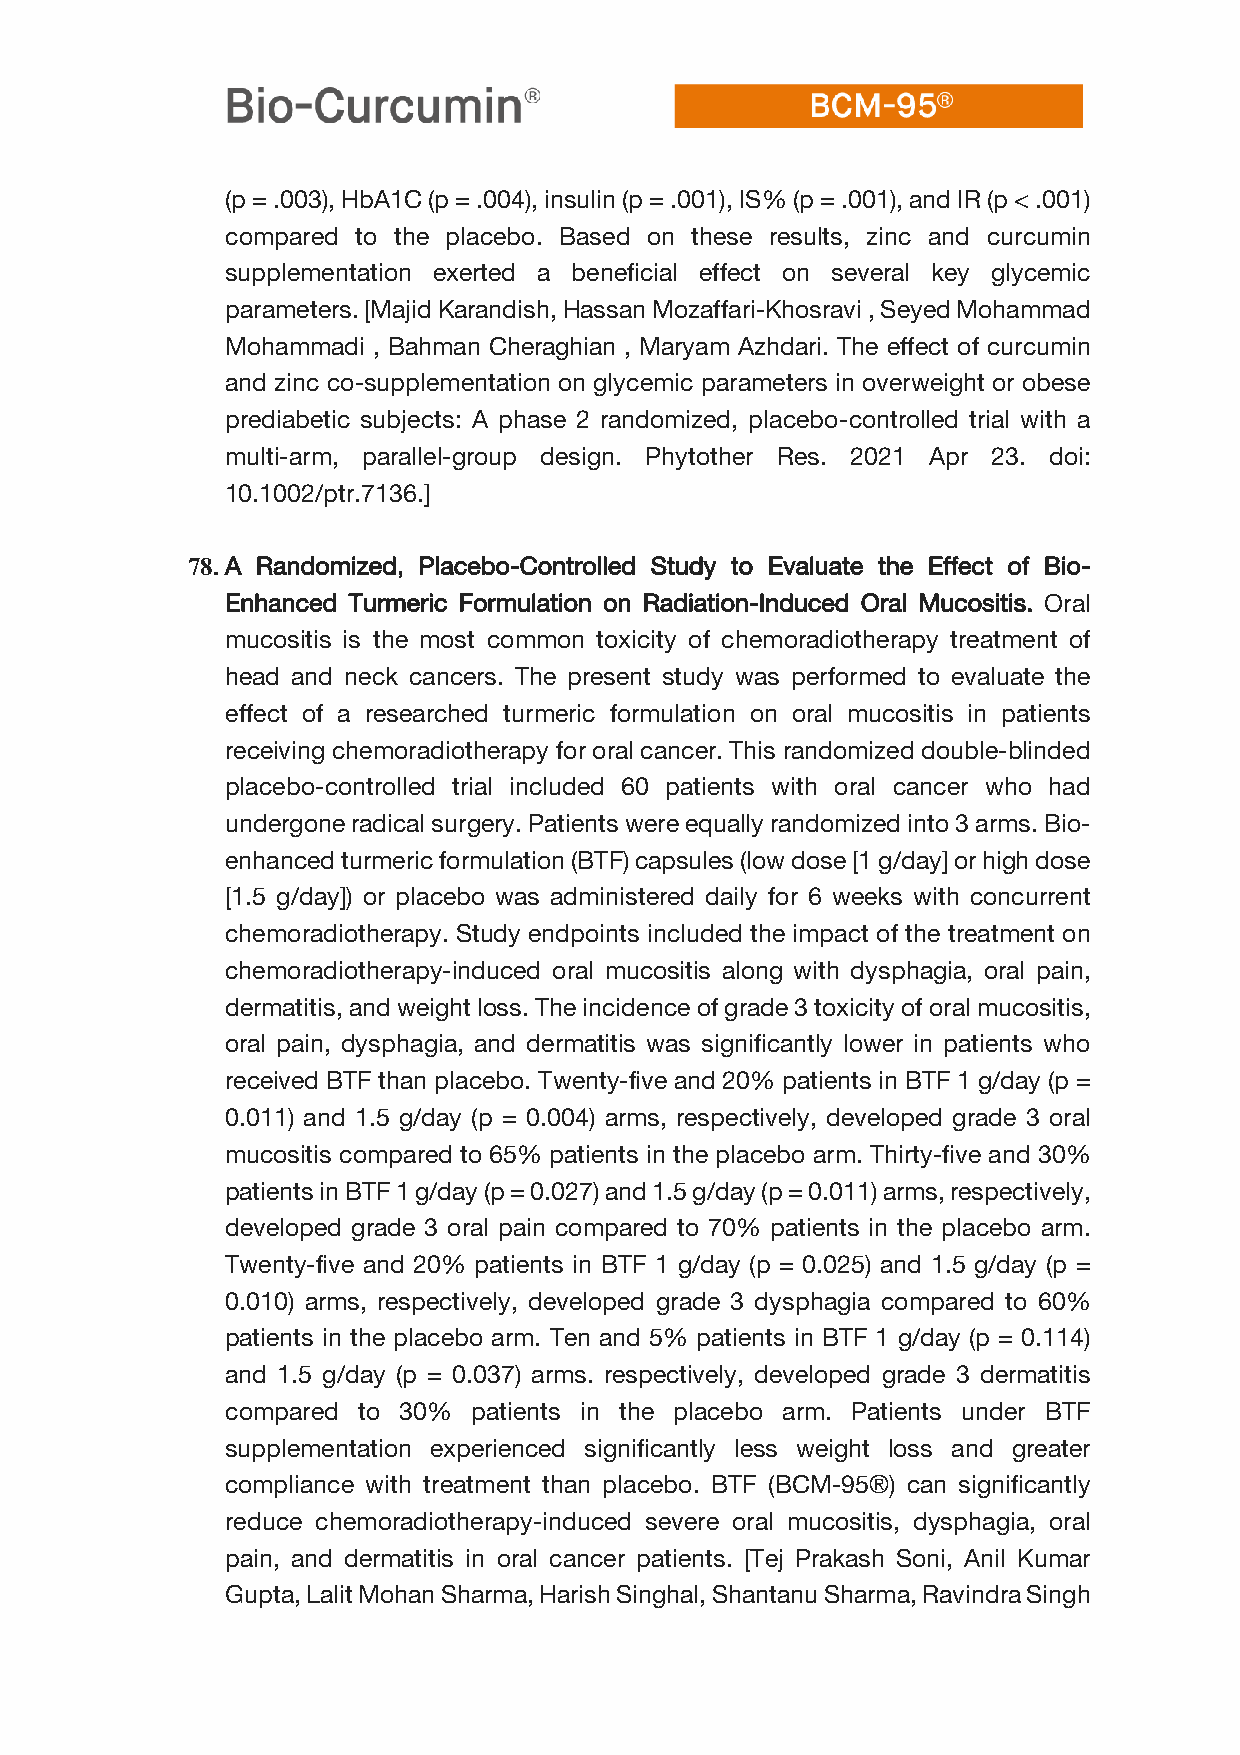
(p = .003), HbA1C (p = .004), insulin (p = .001), IS% (p = .001), and IR (p < .001)
 compared to the placebo. Based on these results, zinc and curcumin
 supplementation exerted a beneficial effect on several key glycemic
 parameters. [Majid Karandish, Hassan Mozaffari-Khosravi , Seyed Mohammad
 Mohammadi , Bahman Cheraghian , Maryam Azhdari. The effect of curcumin
 and zinc co-supplementation on glycemic parameters in overweight or obese
 prediabetic subjects: A phase 2 randomized, placebo-controlled trial with a
 multi-arm, parallel-group design. Phytother Res. 2021 Apr 23. doi:
 10.1002/ptr.7136.]
 78. A Randomized, Placebo-Controlled Study to Evaluate the Effect of Bio-
 Enhanced Turmeric Formulation on Radiation-Induced Oral Mucositis. Oral
 mucositis is the most common toxicity of chemoradiotherapy treatment of
 head and neck cancers. The present study was performed to evaluate the
 effect of a researched turmeric formulation on oral mucositis in patients
 receiving chemoradiotherapy for oral cancer. This randomized double-blinded
 placebo-controlled trial included 60 patients with oral cancer who had
 undergone radical surgery. Patients were equally randomized into 3 arms. Bio-
 enhanced turmeric formulation (BTF) capsules (low dose [1 g/day] or high dose
 [1.5 g/day]) or placebo was administered daily for 6 weeks with concurrent
 chemoradiotherapy. Study endpoints included the impact of the treatment on
 chemoradiotherapy-induced oral mucositis along with dysphagia, oral pain,
 dermatitis, and weight loss. The incidence of grade 3 toxicity of oral mucositis,
 oral pain, dysphagia, and dermatitis was significantly lower in patients who
 received BTF than placebo. Twenty-five and 20% patients in BTF 1 g/day (p =
 0.011) and 1.5 g/day (p = 0.004) arms, respectively, developed grade 3 oral
 mucositis compared to 65% patients in the placebo arm. Thirty-five and 30%
 patients in BTF 1 g/day (p = 0.027) and 1.5 g/day (p = 0.011) arms, respectively,
 developed grade 3 oral pain compared to 70% patients in the placebo arm.
 Twenty-five and 20% patients in BTF 1 g/day (p = 0.025) and 1.5 g/day (p =
 0.010) arms, respectively, developed grade 3 dysphagia compared to 60%
 patients in the placebo arm. Ten and 5% patients in BTF 1 g/day (p = 0.114)
 and 1.5 g/day (p = 0.037) arms. respectively, developed grade 3 dermatitis
 compared to 30% patients in the placebo arm. Patients under BTF
 supplementation experienced significantly less weight loss and greater
 compliance with treatment than placebo. BTF (BCM-95®) can significantly
 reduce chemoradiotherapy-induced severe oral mucositis, dysphagia, oral
 pain, and dermatitis in oral cancer patients. [Tej Prakash Soni, Anil Kumar
 Gupta, Lalit Mohan Sharma, Harish Singhal, Shantanu Sharma, Ravindra Singh